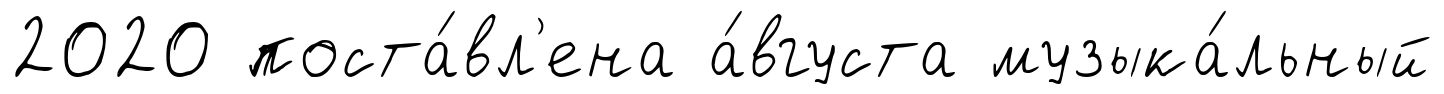
2020 поста́вл'ена а́вгуста музыка́льный